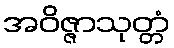
အဝိဇ္ဇာသုတ္တံ